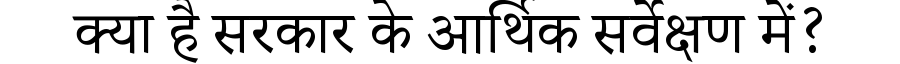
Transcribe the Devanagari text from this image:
क्या है सरकार के आर्थिक सर्वेक्षण में?